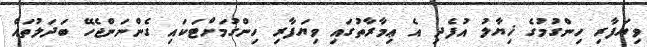
ވިޔަފާރި ހިންގުމުގެ ޚިޔާލު އުފެދި އެ ޢިމާރާތުގައި ވިޔަފާރި ހިންގުމަށްޓަކައި ގެންނަންޖެހޭ ބަދަލުތައް